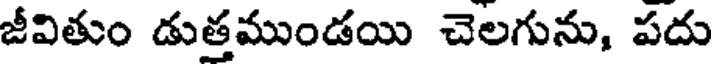
జీవితుం డుత్తముండయి చెలగును, పదు